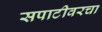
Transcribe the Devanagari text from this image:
सपाटीवरचा